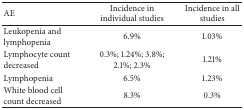
<table><thead><tr><td><b>AE</b></td><td><b>Incidence in individual studies</b></td><td><b>Incidence in all studies</b></td></tr></thead><tbody><tr><td>Leukopenia and lymphopenia</td><td>6.9%</td><td>1.03%</td></tr><tr><td>Lymphocyte count decreased</td><td>0.3%; 1.24%; 3.8%; 2.1%; 2.3%</td><td>1.21%</td></tr><tr><td>Lymphopenia</td><td>6.5%</td><td>1.23%</td></tr><tr><td>White blood cell count decreased</td><td>8.3%</td><td>0.3%</td></tr></tbody></table>